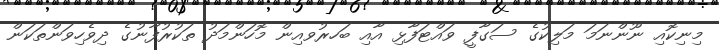
މިނިކޮއި ނޫންނަމަ މަލިކުގެ ސަގާފީ ވައްޓަފާޅި އާއި ބަހރުވއިން މޮހަންމަދު ތަކުރުފާނުގެ ދިވެހިވަންތަކަން